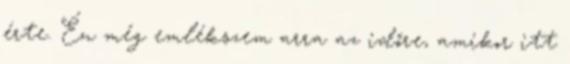
érte. Én még emlékszem arra az időre, amikor itt